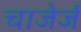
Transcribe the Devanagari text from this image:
चाजेर्ज